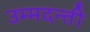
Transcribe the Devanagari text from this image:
उम्मदन्ती